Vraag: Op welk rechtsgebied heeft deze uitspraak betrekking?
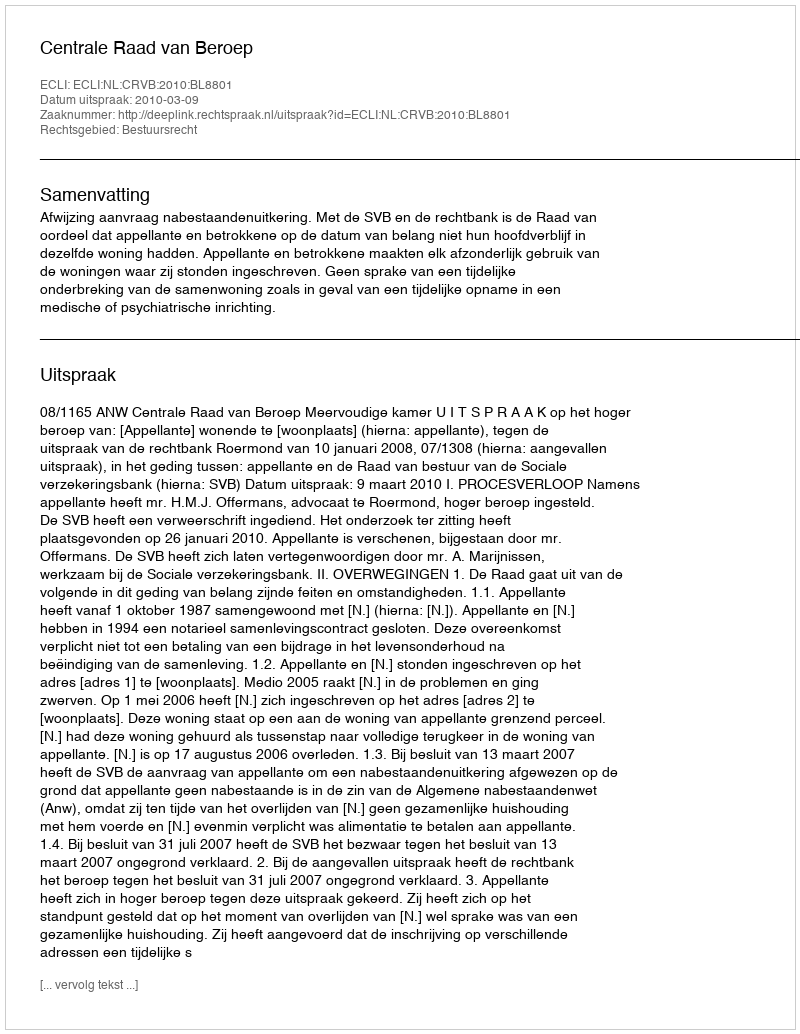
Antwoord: Bestuursrecht